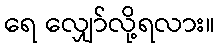
ရေ လျှော်လို့ရလား။